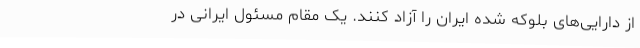
از دارایی‌های بلوکه شده ایران را آزاد کنند. یک مقام مسئول ایرانی در